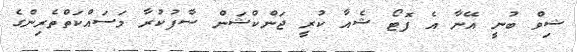
ޝިވް ބުނީ އޭނާ އެ ފޮޓޯ ޝެއާ ކުރީ ޖަންކްޝަން ސާފުކުރާ މަސައްކަތްތެރިންގެ